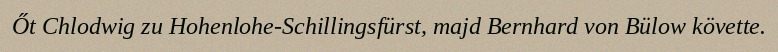
Őt Chlodwig zu Hohenlohe-Schillingsfürst, majd Bernhard von Bülow követte.